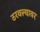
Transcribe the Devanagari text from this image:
ठरवल्यावर